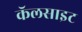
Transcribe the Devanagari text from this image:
कॅलसाइट